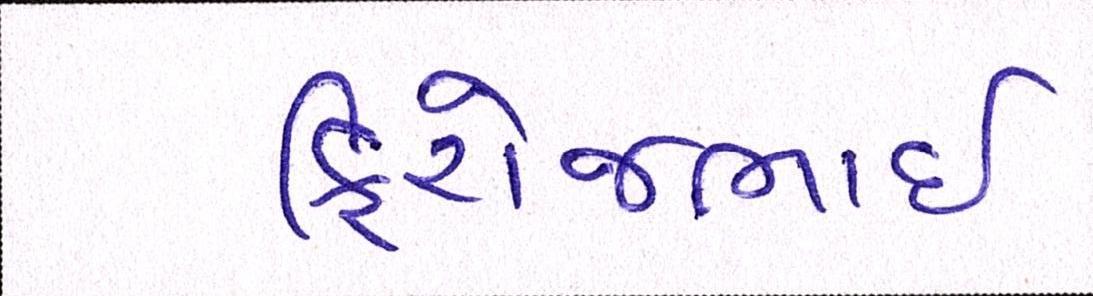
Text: ફિરોજભાઇ